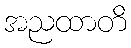
အညထာတိ